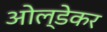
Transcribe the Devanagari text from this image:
ओल्डेकर